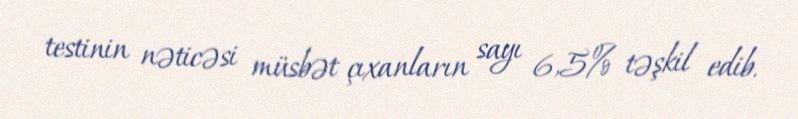
testinin nəticəsi müsbət çıxanların sayı 6,5% təşkil edib.